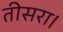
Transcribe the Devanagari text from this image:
तीसरा।